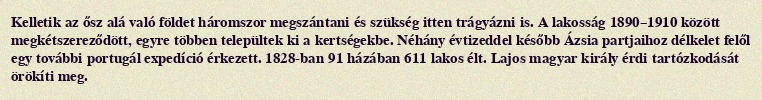
Kelletik az ősz alá való földet háromszor megszántani és szükség itten trágyázni is. A lakosság 1890–1910 között megkétszereződött, egyre többen települtek ki a kertségekbe. Néhány évtizeddel később Ázsia partjaihoz délkelet felől egy további portugál expedíció érkezett. 1828-ban 91 házában 611 lakos élt. Lajos magyar király érdi tartózkodását örökíti meg.